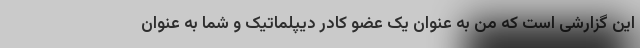
این گزارشی است که من به عنوان یک عضو کادر دیپلماتیک و شما به عنوان